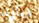
ديارنا